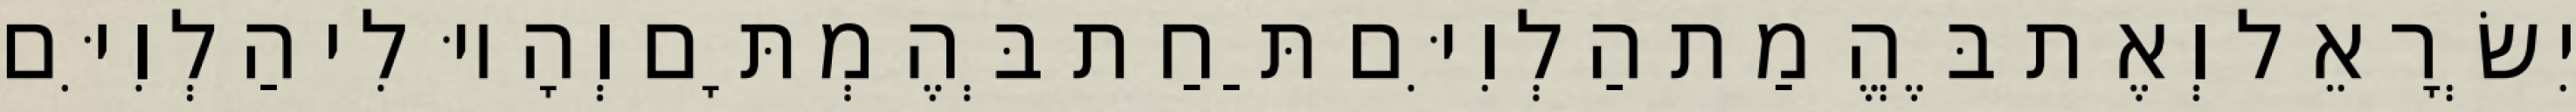
יִשְׂרָאֵל וְאֶת בֶּהֱמַת הַלְוִיִּם תַּחַת בְּהֶמְתָּם וְהָיוּ לִי הַלְוִיִּם